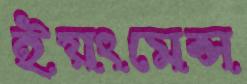
ইয়ংমেন্স